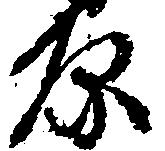
原